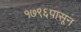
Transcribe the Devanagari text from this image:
१७९६पासून